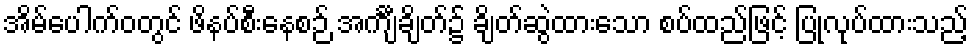
အိမ်ပေါက်ဝတွင် ဖိနပ်စီးနေစဉ် အင်္ကျီချိတ်၌ ချိတ်ဆွဲထားသော စပ်ထည်ဖြင့် ပြုလုပ်ထားသည့်